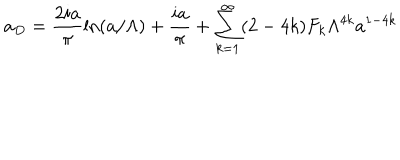
LaTeX: a _ { D } = \frac { 2 i a } { \pi } \ln ( a / \Lambda ) + \frac { i a } { \pi } + \sum _ { k = 1 } ^ { \infty } ( 2 - 4 k ) F _ { k } \Lambda ^ { 4 k } a ^ { 1 - 4 k }